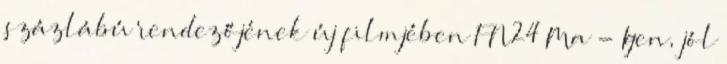
százlábú rendezőjének új filmjében FN24 Ma - Igen, jól